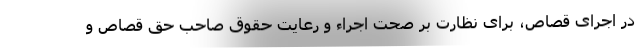
در اجرای قصاص، برای نظارت بر صحت اجراء و رعایت حقوق صاحب حق قصاص و